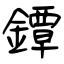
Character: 鐔